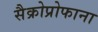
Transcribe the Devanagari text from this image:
सैक्रोप्रोफाना